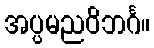
အပ္ပမညဝိဘင်္ဂ။